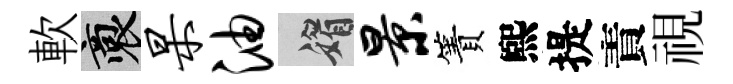
軟裔杲油媚景簀煕提責視